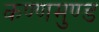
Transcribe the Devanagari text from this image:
कण्णमुण्ड